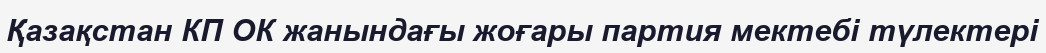
Қазақстан КП ОК жанындағы жоғары партия мектебі түлектері